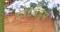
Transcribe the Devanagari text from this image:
स्वेटबैंड्स